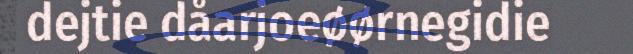
dejtie dåarjoeøørnegidie